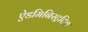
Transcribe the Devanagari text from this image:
ऐडमिनिस्ट्रटिव